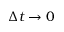
\Delta t \rightarrow 0